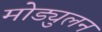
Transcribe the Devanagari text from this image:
मोड्युलन